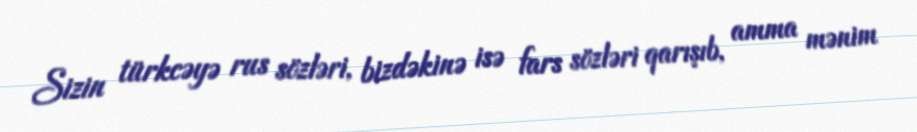
Sizin türkcəyə rus sözləri, bizdəkinə isə fars sözləri qarışıb, amma mənim